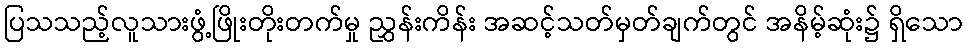
ပြသသည့်လူသားဖွံ့ဖြိုးတိုးတက်မှု ညွှန်းကိန်း အဆင့်သတ်မှတ်ချက်တွင် အနိမ့်ဆုံး၌ ရှိသော